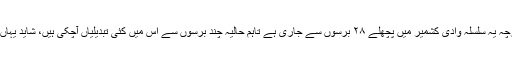
یہی وجہ ہے کہ لوگ اب بہت حد تک تنگ آچکے ہیں، اگرچہ یہ سلسلہ وادی کشمیر میں پچھلے ۲۸ برسوں سے جاری ہے تاہم حالیہ چند برسوں سے اس میں کئی تبدیلیاں آچکی ہیں، شاید یہاں کی نوجوان نسل اپنے مستقبل کے حوالے سے مایوس ہے۔